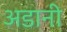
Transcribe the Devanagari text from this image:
अडानी